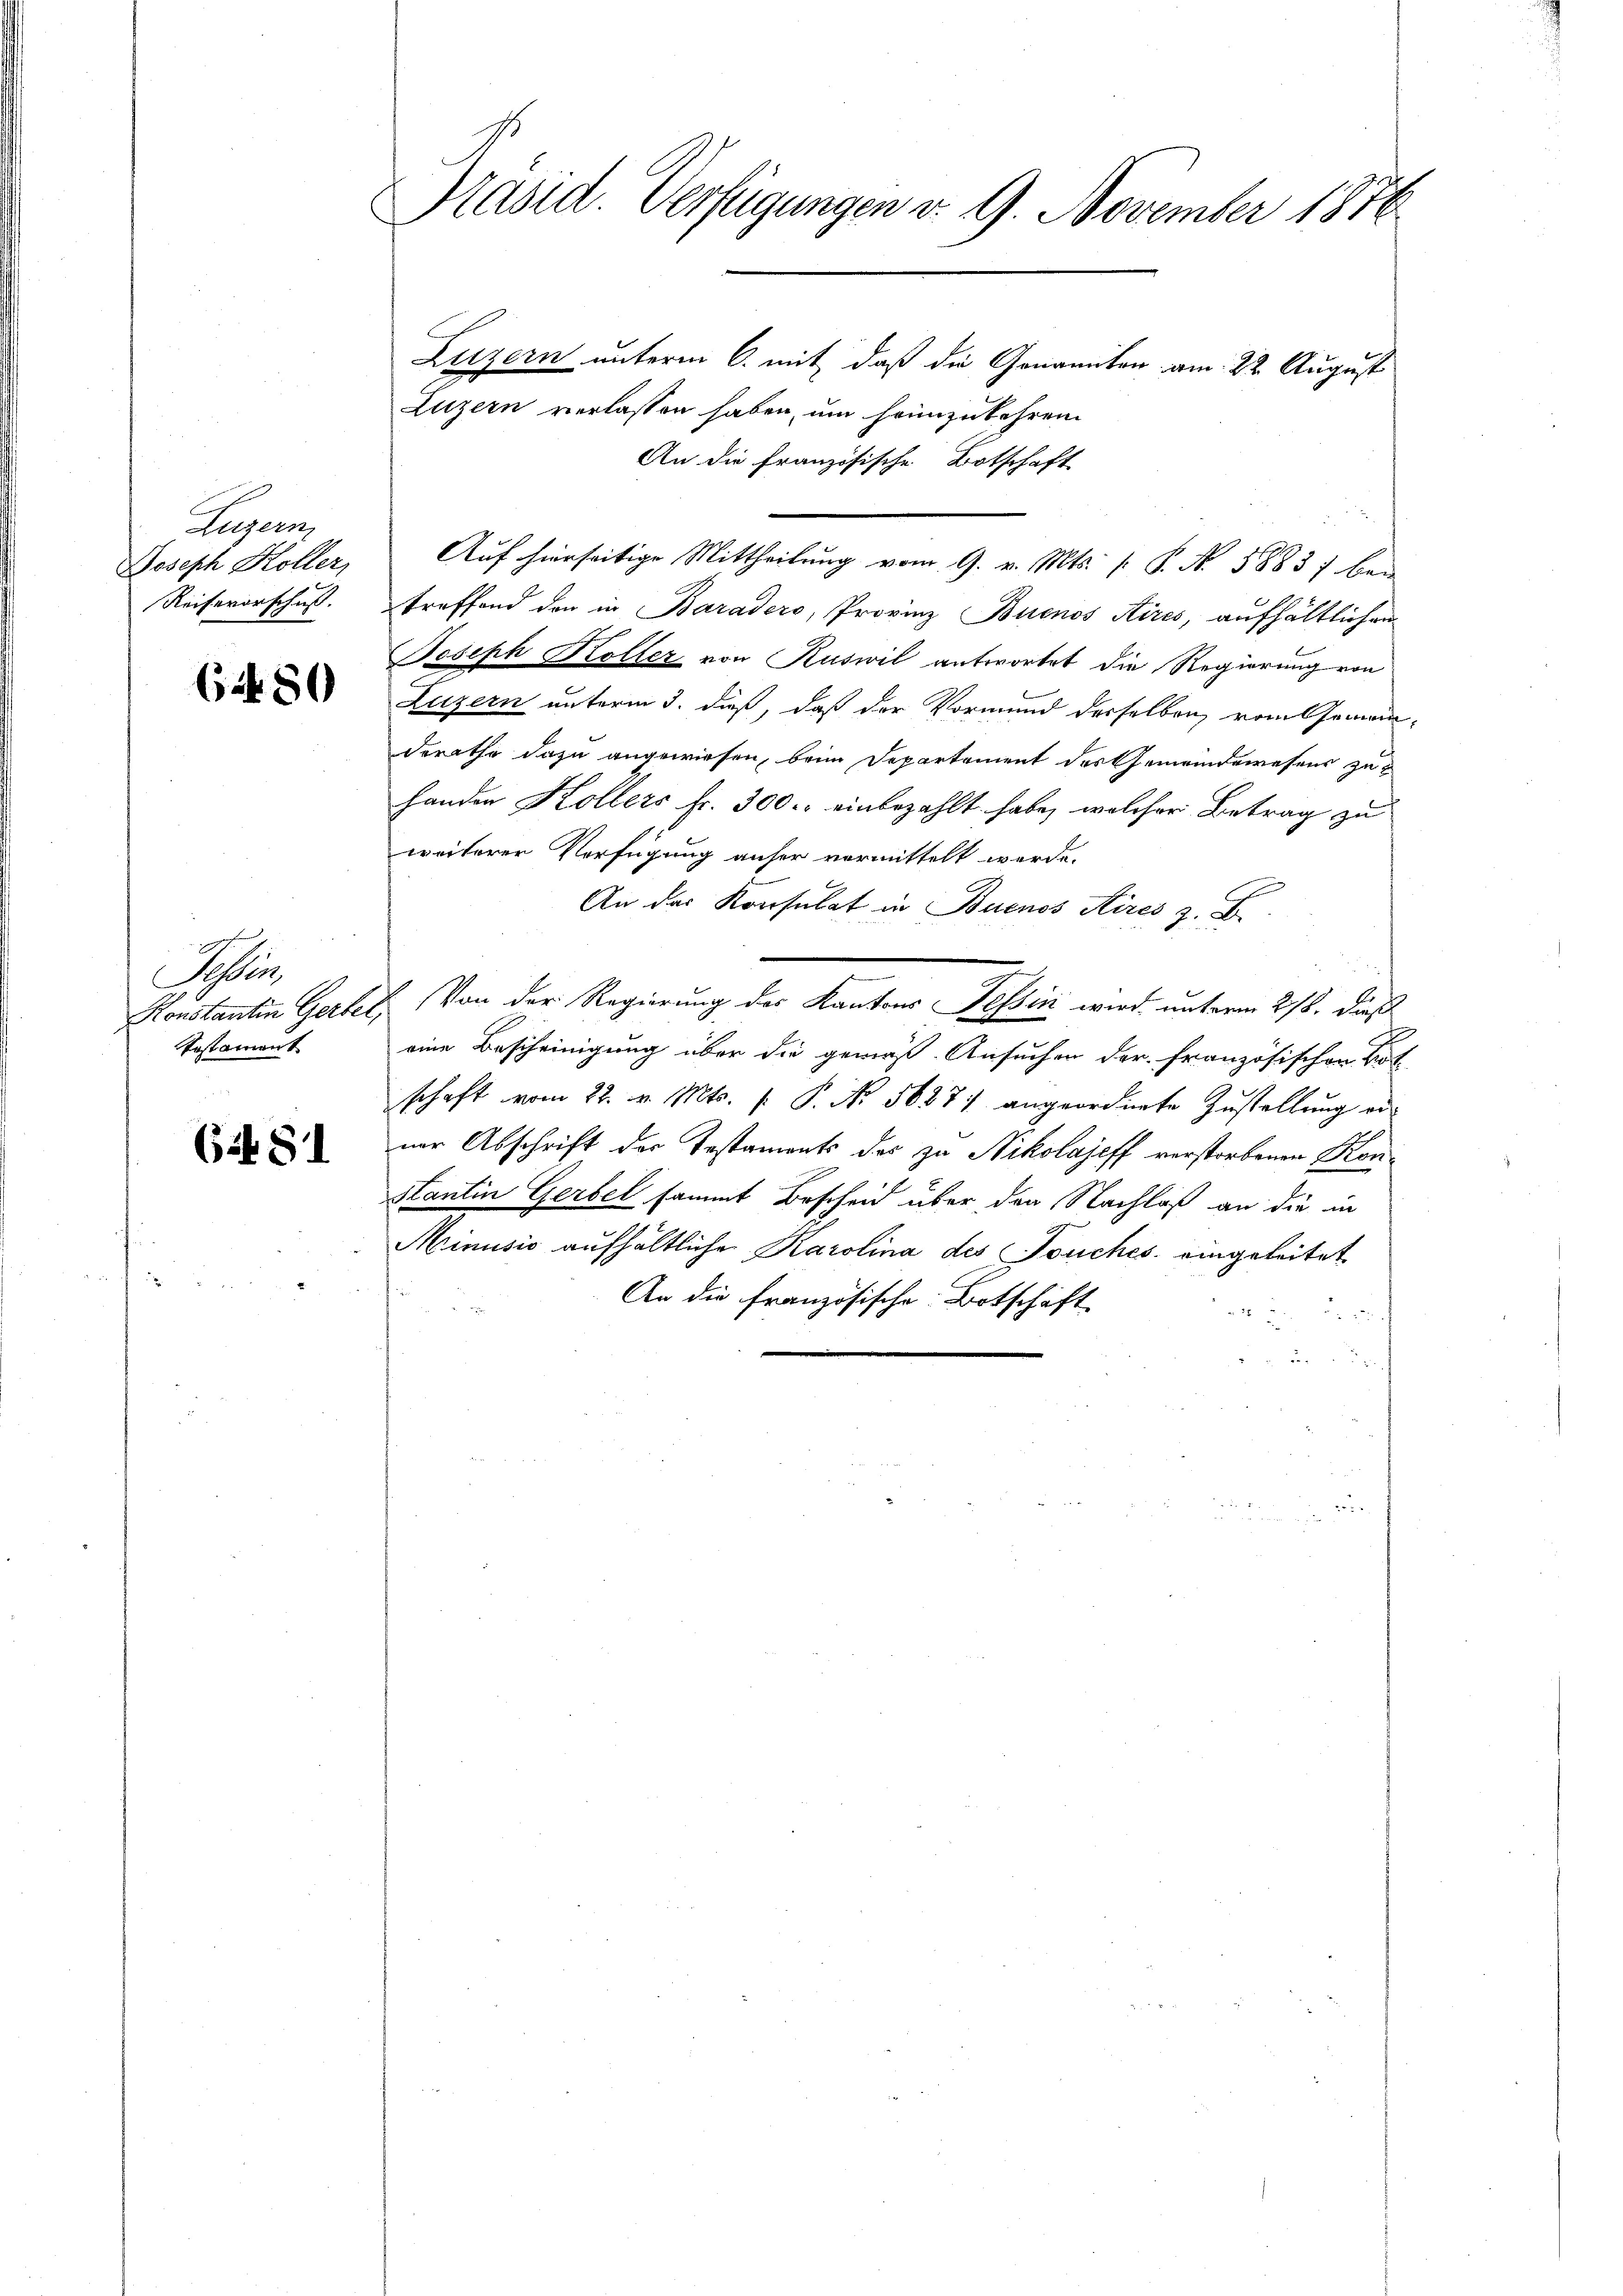
Gujer
Joseph Koller,
Reiseverschuß.

6280

d
Tessin,
Konstantin Gerbe
Pestament

64 81

Präsid. Verfügungen v. 9. November 1876

Luzern unterm 6. mit, daß die Genannten am 22. August
Luzern verlassen haben, um heimzukehren
An die Französische Botschaft
Auf hierseitige Mittheilung vom 9. v. Mts. [ P. Nr. 5883) bei
treffend den in Baradero, Provinz Buenos Aires, aufhältlichen
Joseph Koller von Ruswil antwortet die Regierung von
Luzern unterm 3. dieß, daß der Vormund derselben vom Gemeinderathe dazu angewiesen, beim Departement des Gemeindewesens zu
handen Kollers fr. 300. einbezahlt habe, welcher Betrag zu
weiterer Verfügung anher vermittelt werde.
An der Konsulat in Buenos Aires z. B.
Von der Regierung des Kantons Tessin wird unterm 278. dieß
eine Bescheinigung über die gemäß Ansuchen der Französischen Bot
schaft vom 22. v. Mts. f. P. Nr. 56871 angeordnete Zustellŭng od
ner Abschrift der Testaments des zu Nikolajeff verstorbenen Kon
Stantin Gerbel sammt Bescheid über den Nachlaß an die an
Minusio aufhältliche Karolina des Touches eingeleitet
An die französische Botschäft
2
e